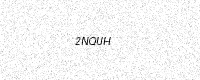
Text: 2NQUH